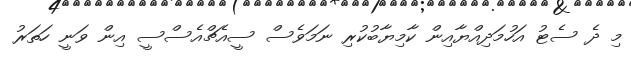
މި ދެ ސެޓު އަހުމަދިއްޔާއިން ކާމިޔާބުކުރި ނަމަވެސް ސީއެޗްއެސްސީ އިން ވަނީ ހަތަރު